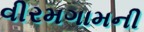
વીરમગામની